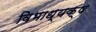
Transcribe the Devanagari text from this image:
विभाध्यक्ष